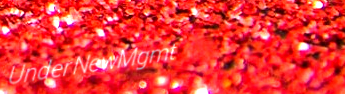
UnderNewMgmt